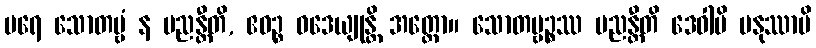
ပရေ သောတဗ္ဗံ န မညန္တီတိ, ဧဝဉ္စ ဝဒေယျုန္တိ အတ္ထော။ သောတဗ္ဗဉ္စဿ မညန္တီတိ ဒေဝါပိ မနုဿာပိ